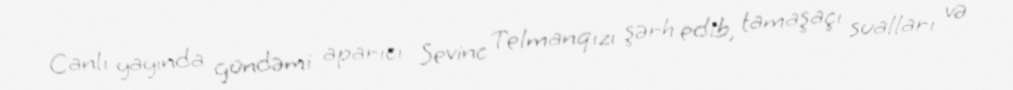
Canlı yayında gündəmi aparıcı Sevinc Telmanqızı şərh edib, tamaşaçı sualları və